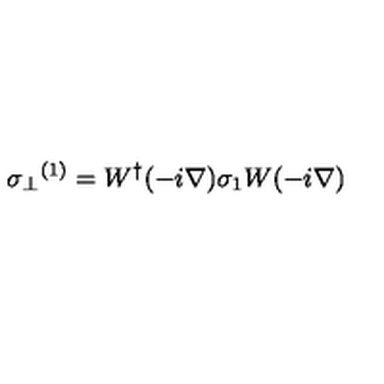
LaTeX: { \sigma _ { \perp } } ^ { ( 1 ) } = W ^ { \dag } ( - i \mathrm { \boldmath \nabla } ) \sigma _ { 1 } W ( - i \mathrm { \boldmath \nabla } ) \nonumber